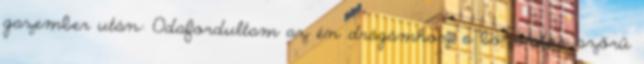
gazember után: Odafordultam az én drágámhoz, a bozontos szőrű